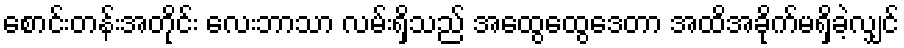
စောင်းတန်းအတိုင်း လေးဘာသာ လမ်းရှိသည် အထွေထွေဒေတာ အထိအခိုက်မရှိခဲ့လျှင်